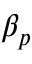
\beta _ { p }